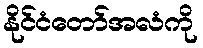
နိုင်ငံတော်အလံကို